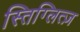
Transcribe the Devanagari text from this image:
स्तिग्लित्ज़